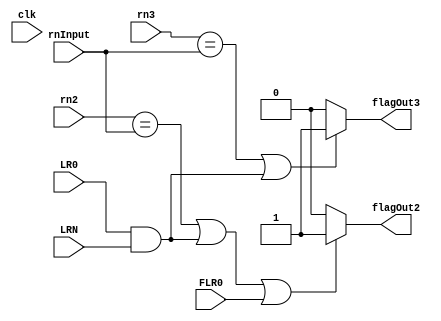
module RegisterFlags(
    input           clk,
    input           FLR0,       // from CCG2
    input           LR0,        // Load R0 bit from CCG4
    input           LRN,        // Load RN bit from CCG4
    input   [2:0]   rn2,        // CCG3 opcode
    input   [2:0]   rn3,        // CCG3 opcode
    input   [2:0]   rnInput,    // CCG4 opcode
    output          flagOut2,   // to 2nd stage
    output          flagOut3    // to 3rd stage
    );
        
    assign flagOut2 = ((rn2 == rnInput )| (LR0 & LRN) || FLR0)? 1:0;
    assign flagOut3 = ((rn3 == rnInput )| (LR0 & LRN)/*|| FLR0*/)? 1:0;
endmodule